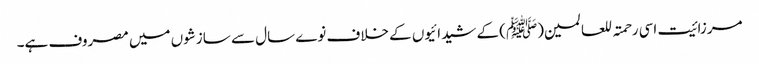
مرزائیت اسی رحمتہ للعالمین(ﷺ) کے شیدائیوں کے خلاف نوے سال سے سازشوں میں مصروف ہے۔